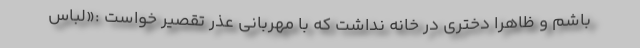
باشم و ظاهراً دختری در خانه نداشت که با مهربانی عذر تقصیر خواست :«لباس